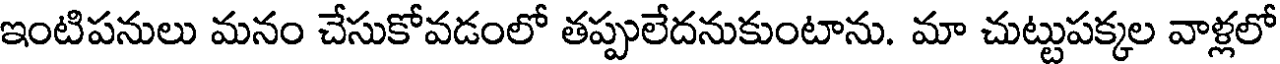
ఇంటిపనులు మనం చేసుకోవడంలో తప్పులేదనుకుంటాను. మా చుట్టుపక్కల వాళ్లలో